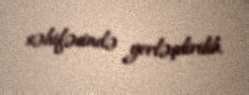
səhifəsində yerləşdirilib.